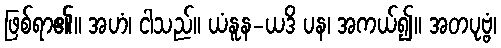
ဖြစ်ရာ၏။ အဟံ၊ ငါသည်။ ယံနူန-ယဒိ ပန၊ အကယ်၍။ အတပုဗ္ဗံ၊